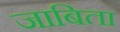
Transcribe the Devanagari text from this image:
जाबिता